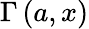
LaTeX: \Gamma\left(a,x\right)